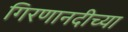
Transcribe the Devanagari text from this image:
गिरणानदीच्या